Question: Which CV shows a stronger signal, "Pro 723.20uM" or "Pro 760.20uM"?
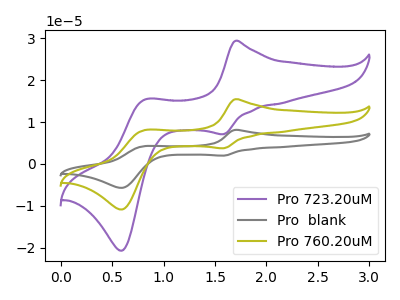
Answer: <think>The purple curve "Pro 723.20uM" has anodic peaks at (1.70V, 29.45uA) (0.80V, 15.45uA) and cathodic peaks at (1.60V, 7.10uA) (0.60V, -20.75uA). The gray curve "Pro  blank" has anodic peaks at (1.70V, 30.95uA) (0.80V, 16.20uA) and cathodic peaks at (1.60V, 7.45uA) (0.60V, -21.80uA). The olive curve "Pro 760.20uM" has anodic peaks at (1.70V, 15.45uA) (0.80V, 8.10uA) and cathodic peaks at (1.60V, 3.75uA) (0.60V, -10.90uA).
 All the peaks in "Pro 723.20uM" have a peak in "Pro 760.20uM" at the same potential.</think>
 <answer>I cant tell if "Pro 723.20uM" or "Pro 760.20uM" has more signal.</answer>
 <eval>mixed_signal</eval>